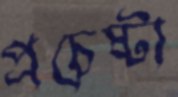
প্রচেষ্টা